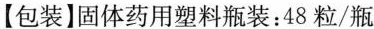
【包装】固体药用塑料瓶装：48粒/瓶